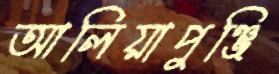
আলিয়াপুঞ্জি